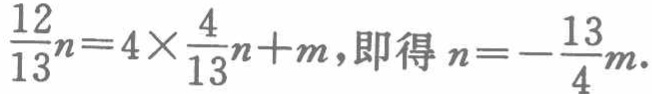
\(\frac{12}{13}n = 4\times\frac{4}{13}n + m\)，即得\(n = -\frac{13}{4}m\)。